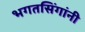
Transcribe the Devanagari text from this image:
भगतसिंगांनी